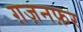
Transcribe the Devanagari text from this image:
ग़ज़नफ़र